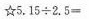
☆$$5 . 1 5 ÷ 2 . 5 =$$